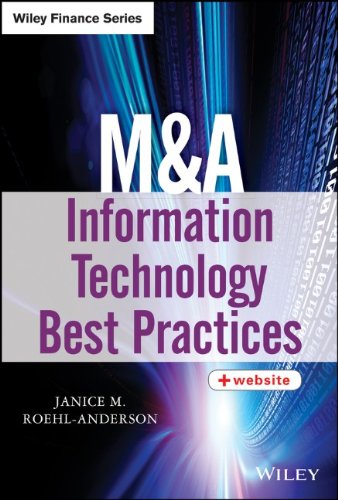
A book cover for M&A Information Technology Best Practices; Janice M. Roehl-Anderson; Business & Money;